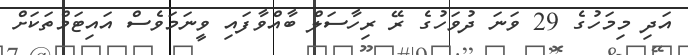
އަދި މިމަހުގެ 29 ވަނަ ދުވަހުގެ ރޭ ރިހާސަލް ބާއްވާފައި ވީނަމަވެސް އައިޓަމްތަކަށް